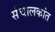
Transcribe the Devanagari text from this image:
संचालकांत